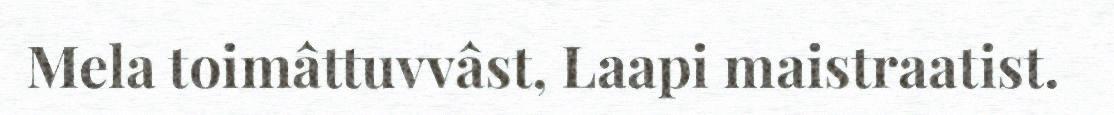
Mela toimâttuvvâst, Laapi maistraatist.